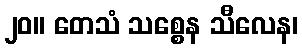
၂၀။ တေသံ သစ္စေန သီလေန၊